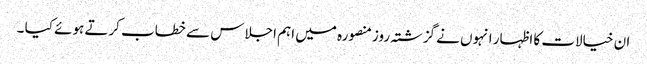
ان خیالات کا اظہار انہوں نے گزشتہ روزمنصورہ میں اہم اجلاس سے خطاب کرتے ہوئے کیا ۔